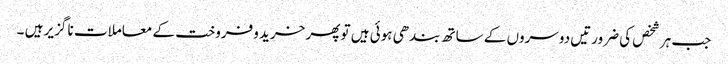
جب ہر شخص کی ضرورتیں دوسروں کے ساتھ بندھی ہوئی ہیں تو پھر خرید وفروخت کے معاملات نا گزیر ہیں ۔